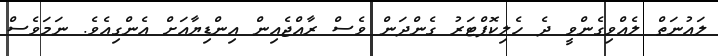
ލައުނަތް ލެއްވިގެންވީ ދެ ހެލިކޮޕްޓަރު ގެންދަން ވެސް ރާއްޖެއިން އިންޑިޔާއަށް އެންގިއެވެ. ނަމަވެސް